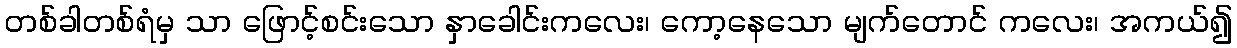
တစ်ခါတစ်ရံမှ သာ ဖြောင့်စင်းသော နှာခေါင်းကလေး၊ ကော့နေသော မျက်တောင် ကလေး၊ အကယ်၍